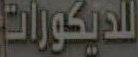
للديكورات